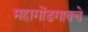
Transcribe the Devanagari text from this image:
महागोंडगावचे